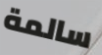
سالمة